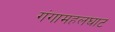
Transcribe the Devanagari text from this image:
गंगामहलघाट